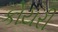
કોયરી